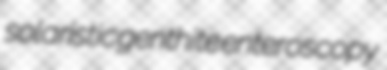
solaristic genthite enteroscopy